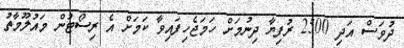
ދުވަސް އަދި 2500 ރުފިޔާ ދިނުމަށް ހަމަޖެހިފައިވާ ކަމަށް އެ ރިސޯޓުން މައުލޫމާތު